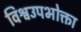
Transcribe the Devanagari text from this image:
विश्वउपभोक्ता